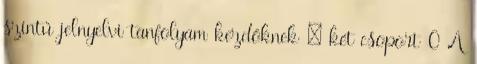
szintű jelnyelvi tanfolyam kezdőknek – két csoport 0 A